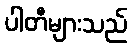
ပါတီများသည်